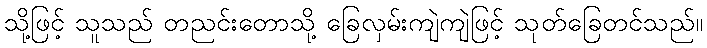
သို့ဖြင့် သူသည် တညင်းတောသို့ ခြေလှမ်းကျဲကျဲဖြင့် သုတ်ခြေတင်သည်။